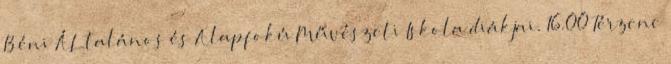
Béni ÁLtalános és Alapfokú Művészeti Iskola diákjai. 16.00 Térzene